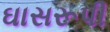
ઘાસરૂપી